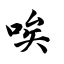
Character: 唉